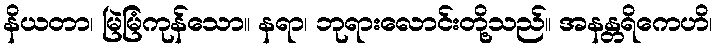
နိယတာ၊ မြဲမြံကုန်သော။ နရာ၊ ဘုရားလောင်းတို့သည်။ အနန္တရိကေဟိ၊